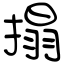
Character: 搨